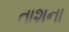
તાશના